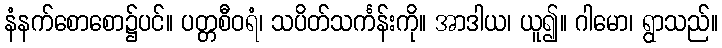
နံနက်စောစော၌ပင်။ ပတ္တစီဝရံ၊ သပိတ်သင်္ကန်းကို။ အာဒါယ၊ ယူ၍။ ဂါမော၊ ရွာသည်။